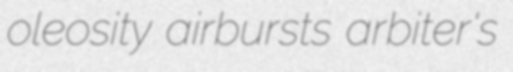
oleosity airbursts arbiter's